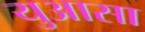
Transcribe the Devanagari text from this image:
युआसा